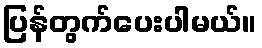
ပြန်တွက်ပေးပါမယ်။